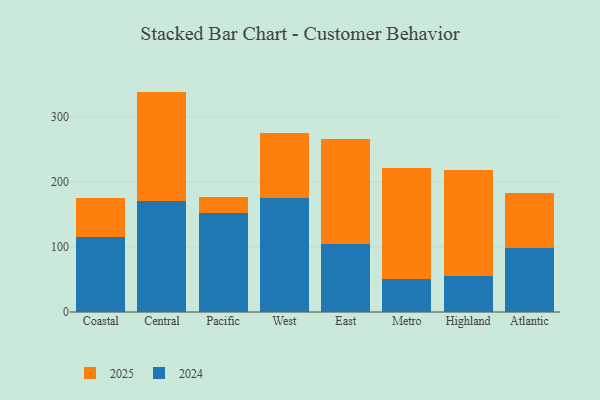
{"axis": {"x": "Region", "y": "Energy Usage (MWh)"}, "legend": ["2024", "2025"], "data": [{"x": "Coastal", "y": 115.3, "type": "2024"}, {"x": "Coastal", "y": 59.4, "type": "2025"}, {"x": "Central", "y": 171.4, "type": "2024"}, {"x": "Central", "y": 167.4, "type": "2025"}, {"x": "Pacific", "y": 152.5, "type": "2024"}, {"x": "Pacific", "y": 24.1, "type": "2025"}, {"x": "West", "y": 175.3, "type": "2024"}, {"x": "West", "y": 100.1, "type": "2025"}, {"x": "East", "y": 104.3, "type": "2024"}, {"x": "East", "y": 162.4, "type": "2025"}, {"x": "Metro", "y": 50.9, "type": "2024"}, {"x": "Metro", "y": 170.3, "type": "2025"}, {"x": "Highland", "y": 54.6, "type": "2024"}, {"x": "Highland", "y": 164.3, "type": "2025"}, {"x": "Atlantic", "y": 97.9, "type": "2024"}, {"x": "Atlantic", "y": 85.4, "type": "2025"}]}